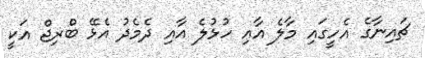
ޗައިނާގެ އެހީގައި މާލެ އާއި ހުޅުލެ އާއި ދެމެދު އެޅޭ ބްރިޖް އަކީ